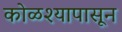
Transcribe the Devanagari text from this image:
कोळश्यापासून